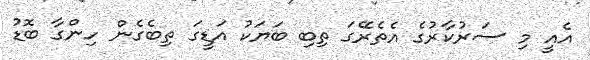
އެއީ މި ސަރުކާރުގެ އެތެރޭގަ ތިބި ބަޔަކު އަޑީގަ ތިބެގެން ހިންގާ ބޮޑު